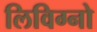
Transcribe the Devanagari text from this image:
लिविग्नो